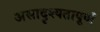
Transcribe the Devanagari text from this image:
असादृश्यतापूर्ण